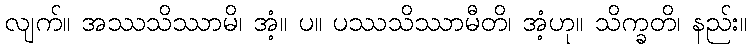
လျက်။ အဿသိဿာမိ၊ အံ့။ ပ။ ပဿသိဿာမီတိ၊ အံ့ဟု။ သိက္ခတိ၊ နည်း။